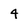
Character: 4